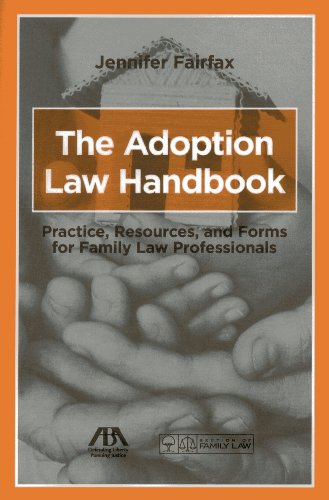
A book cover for The Adoption Law Handbook: Practice, Resources, and Forms for Family Law Professionals; Jennifer Fairfax; Law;